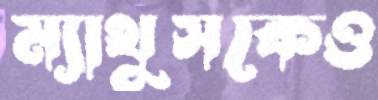
ম্যাথুসকেও